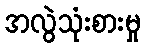
အလွဲသုံးစားမှု